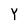
Character: Y